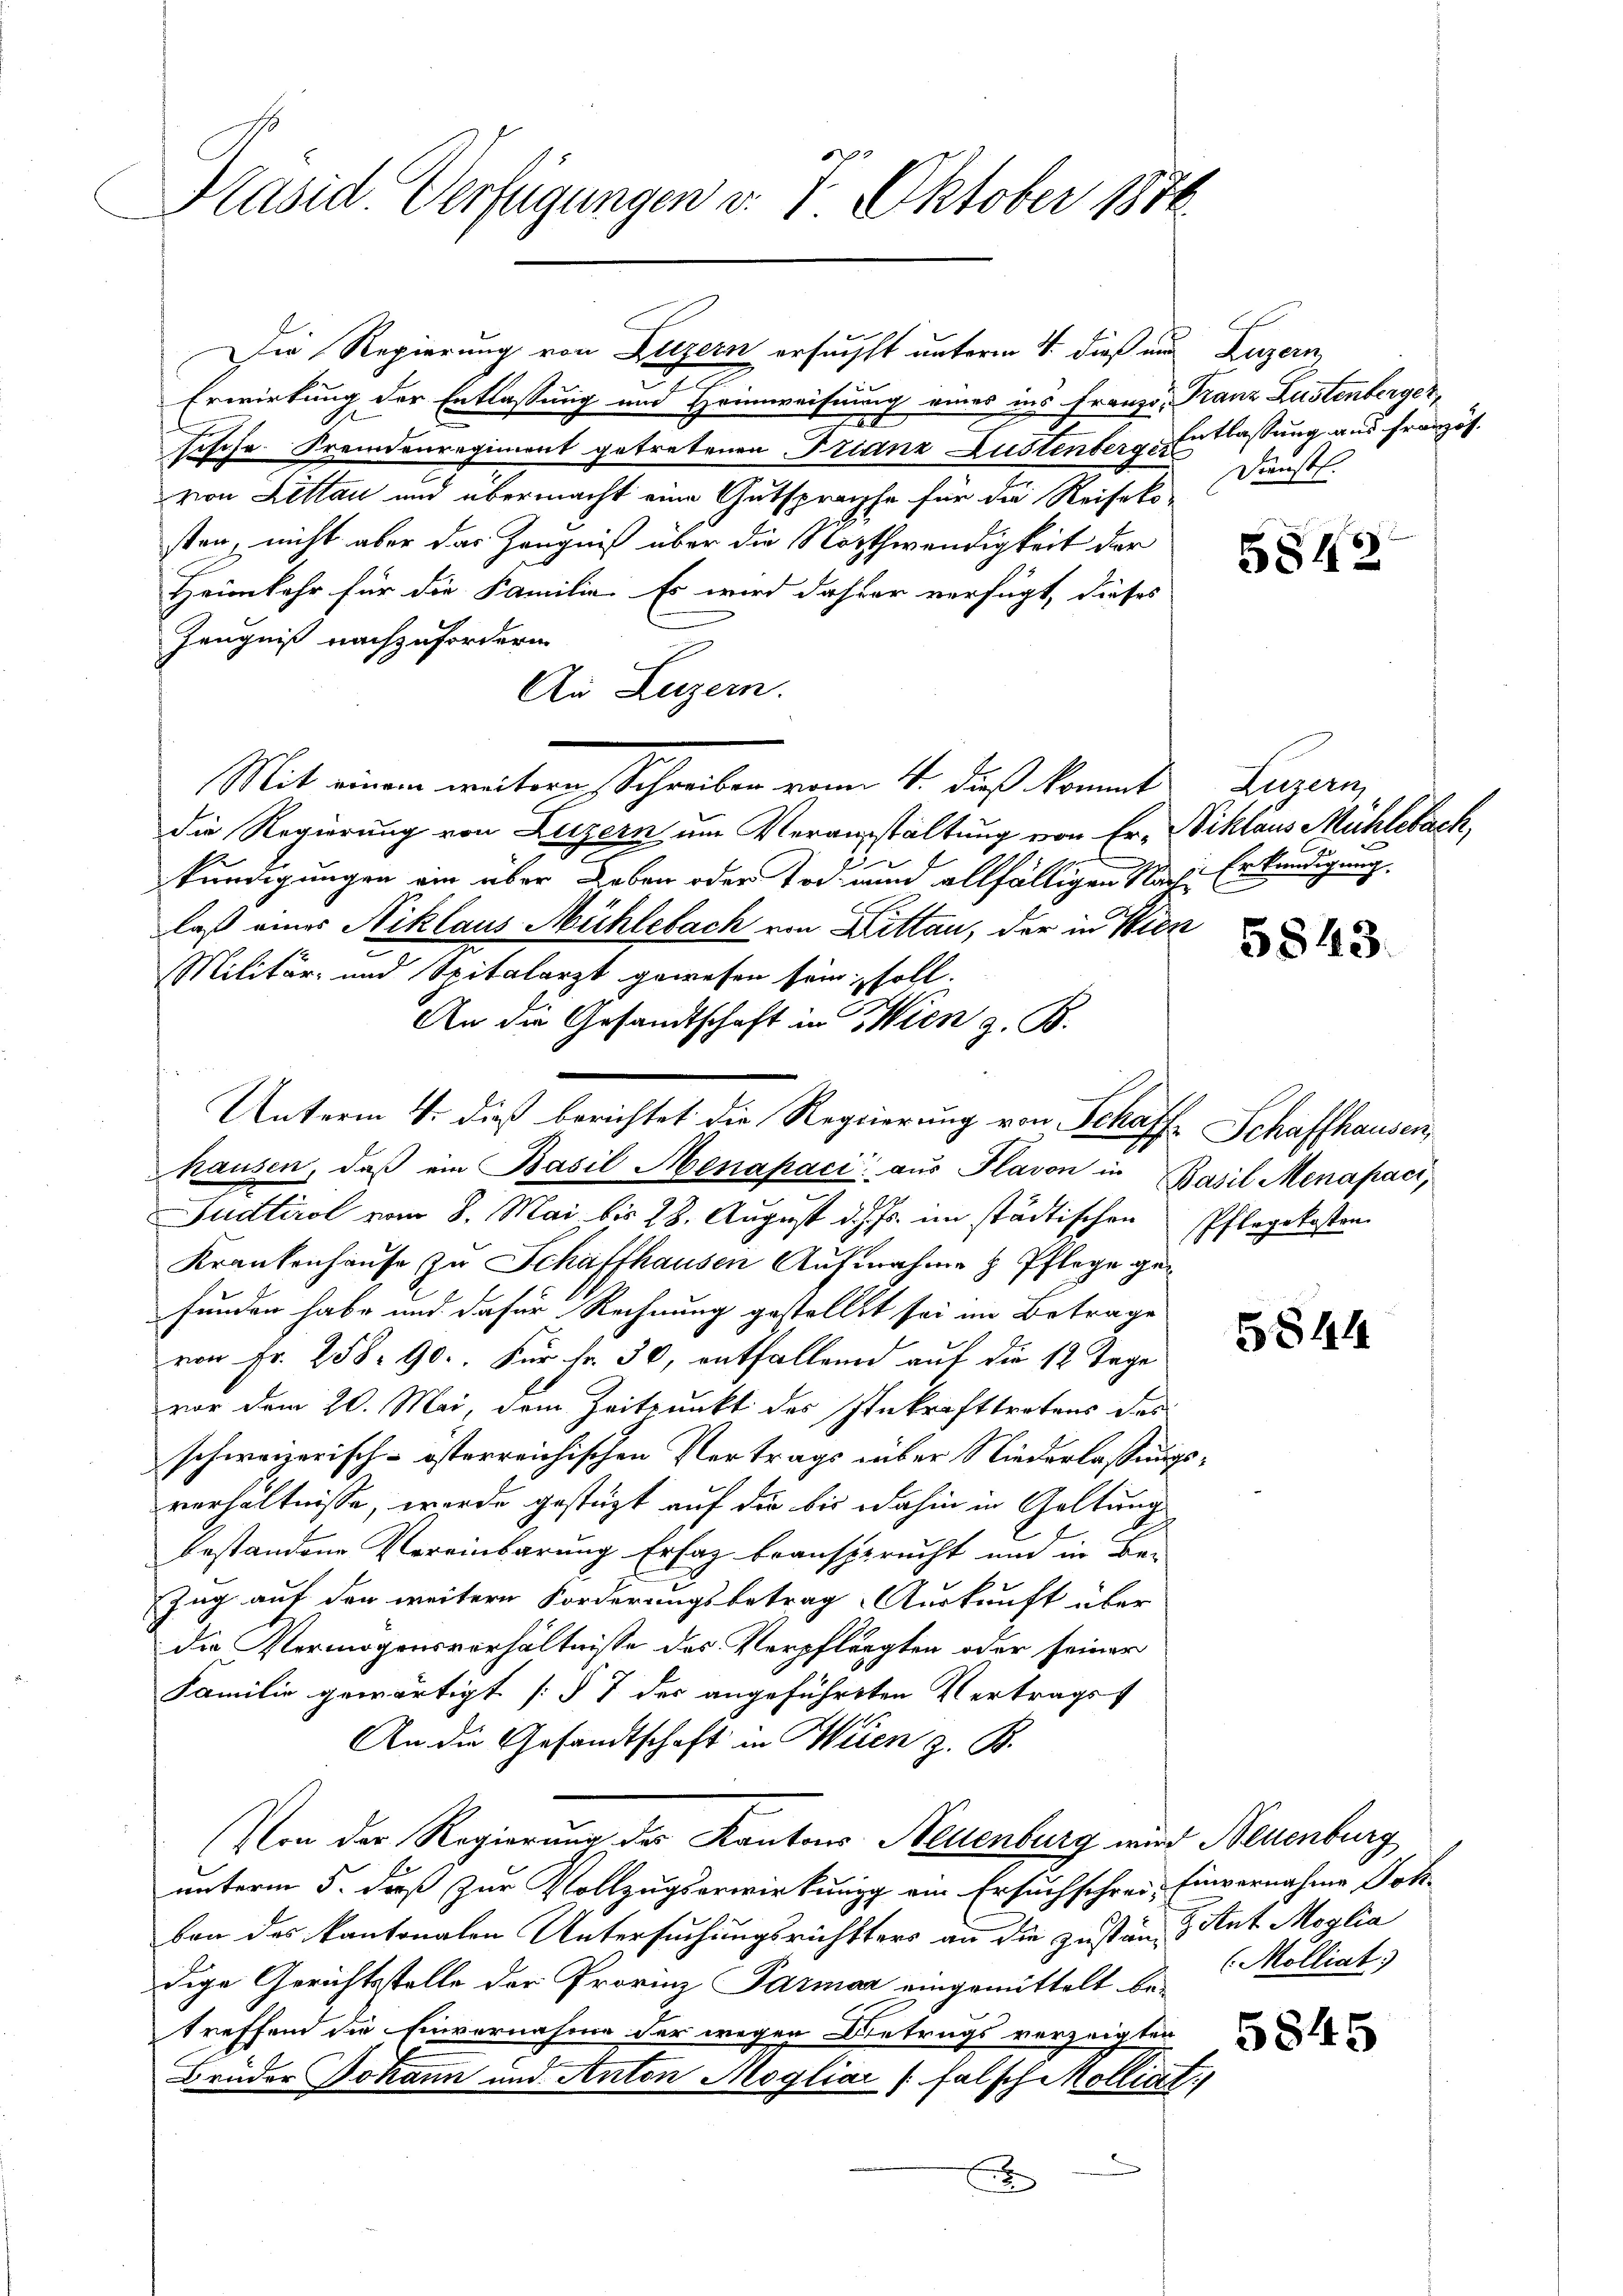
Präsid. Verfügungen v. 7. Oktober 1870

Erwirkung der Entlassung und Heimweisung eines ins Franzo, Franz Lustenberger,
x
sische Fremdenregiment getretenen Franz Lustenberg, Entlassung aus französ.
von Lettau und übermacht eine Gutsprache für die Reisekosten, nicht aber das Zeugniß über die Nothwendigkeit der
Heimkehr für die Familie. Es wird daher verfügt, dieses
Zeugniß nachzufordern
Au Luzern.
Mit einem weitere Schreiben von 4. Fuß kommt Luzern,
die Regierung von Luzern um Veranstaltung von Er, Niklaus Mühlebach,
kündigungen ein über Leben oder Tod unnd allfälligen Nach Erkundigung
laß eines Niklaus Mühlebach von Littan, der in Wien
Militär- und Spitalarzt gewesen sein, soll.
An die Gesandtschaft in Wien z. B.
hausen, daβ ein Basil Menapaci aŭs Plavon in Basil Menapaci,
Judtirol vom 8. Mai bis 28. August d. Js. im städtischen
Krankenhause zu Schaffhausen Aufnahme & Pflege gefunden habe und dafür Rechnung gestellt sei im Betrage
von Fr. 258. 90.. Für Fr. 30, entfallen auf die 12 Tage
vor dem 20. Mai, dem Zeitpunkt des Inkrafttretens des
schweizerisch-österreichischen Vertrags über Niederlassungsverhältnisse, werde gestüzt auf die bis dahin in Geltung
bestandene Vereinbarung Erfaz beansprucht und in Be-
Zug auf den weitere Forderungsbetrag Auskunft über
die Vermögensverhältnisse des Verpflegten oder seiner
Familie gewärtigt [§ 7 der angeführten Vertragst
An die Gesandtschaft in Seien z. B.
Von der Regierung des Kantons Neuenburg wird Neuenburg
unterm 5. daß zur Vollzugserwirkung am Ersuchschrei- Einvernahme Joh
ben des kantonalen Untersuchungsrichtters an die Zustand tat Moglia
dige Gerichtsstelle der Provinz Parmaz eingemittelt be-
treffend die Einvernahme der wegen Betrugs verzeigten
Bruder Johann und Anton Mogliar falsch Molliat
x

Die Regierung von Luzern ersuchst unterm 4. dieß und Luzern,

Unterm 4. dieß berichtet die Regierung von Schaff-Schaffhausen,

Dunst.

5842.

5843.

Pflegekosten.

5844

(Molliat

845